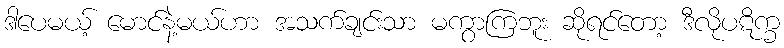
ဒါပေမယ့် မောင်နဲ့မယ်ဟာ အသက်ချင်းသာ မကွာကြဘူး ဆိုရင်တော့ ဒီလိုပဋိက္ခ